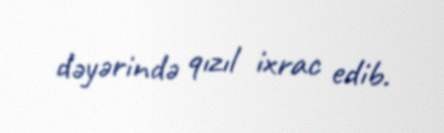
dəyərində qızıl ixrac edib.